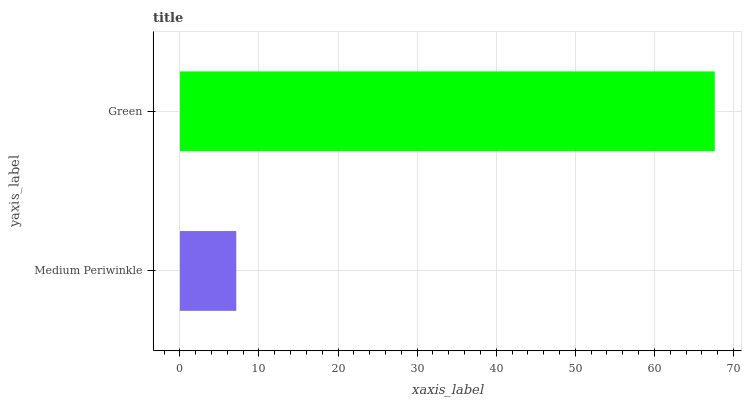
| yaxis_label | bars |
 | --- | --- |
 | Medium Periwinkle | 7.13 |
 | Green | 67.6 |